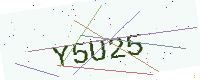
Text: Y5U25